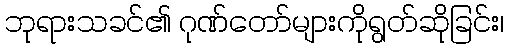
ဘုရားသခင်၏ ဂုဏ်တော်များကိုရွတ်ဆိုခြင်း၊